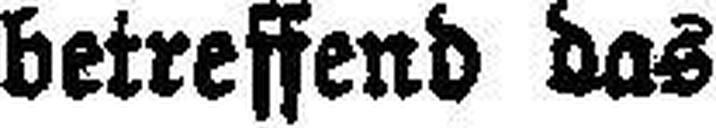
betreffend das